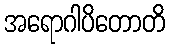
အရောဂါပိတောတိ